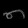
Digit: ၈